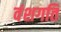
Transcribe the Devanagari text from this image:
वंशगति